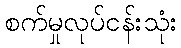
စက်မှုလုပ်ငန်းသုံး